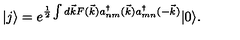
| j \rangle = e ^ { \frac { 1 } { 2 } \int d \vec { k } F ( \vec { k } ) a _ { n m } ^ { \dagger } ( \vec { k } ) a _ { m n } ^ { \dagger } ( - \vec { k } ) } | 0 \rangle .